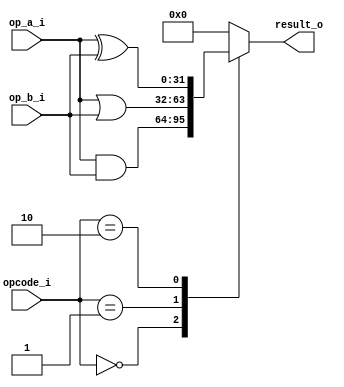
`timescale 1ns / 1ps
//////////////////////////////////////////////////////////////////////////////////
// Company: 
// Engineer: 
// 
// Design Name: 
// Module Name: logic_unit
// Project Name: 
// Target Devices: 
// Tool Versions: 
// Description: 
// alu
// Dependencies: 
// 
// Revision:
// Revision 0.01 - File Created
// Additional Comments:
// 
//////////////////////////////////////////////////////////////////////////////////
module logic_unit #(
    parameter AND = 2'b00,
    parameter OR = 2'b01,
    parameter XOR = 2'b10,
    parameter UNKNOWN_OPCODE_RESULT = 32'h0
)
(
    input      [31:0] op_a_i,
    input      [31:0] op_b_i,
    input      [1:0]  opcode_i,
    output reg [31:0] result_o
    );
    always @(*) begin
        case(opcode_i)
            AND:     result_o = op_a_i & op_b_i;
            OR:      result_o = op_a_i | op_b_i;
            XOR:     result_o = op_a_i ^ op_b_i;
            default: result_o = UNKNOWN_OPCODE_RESULT;
        endcase
    end
endmodule